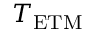
T _ { \mathrm { E T M } }